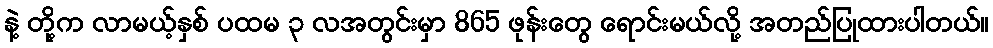
နဲ့ တို့က လာမယ့်နှစ် ပထမ ၃ လအတွင်းမှာ 865 ဖုန်းတွေ ရောင်းမယ်လို့ အတည်ပြုထားပါတယ်။